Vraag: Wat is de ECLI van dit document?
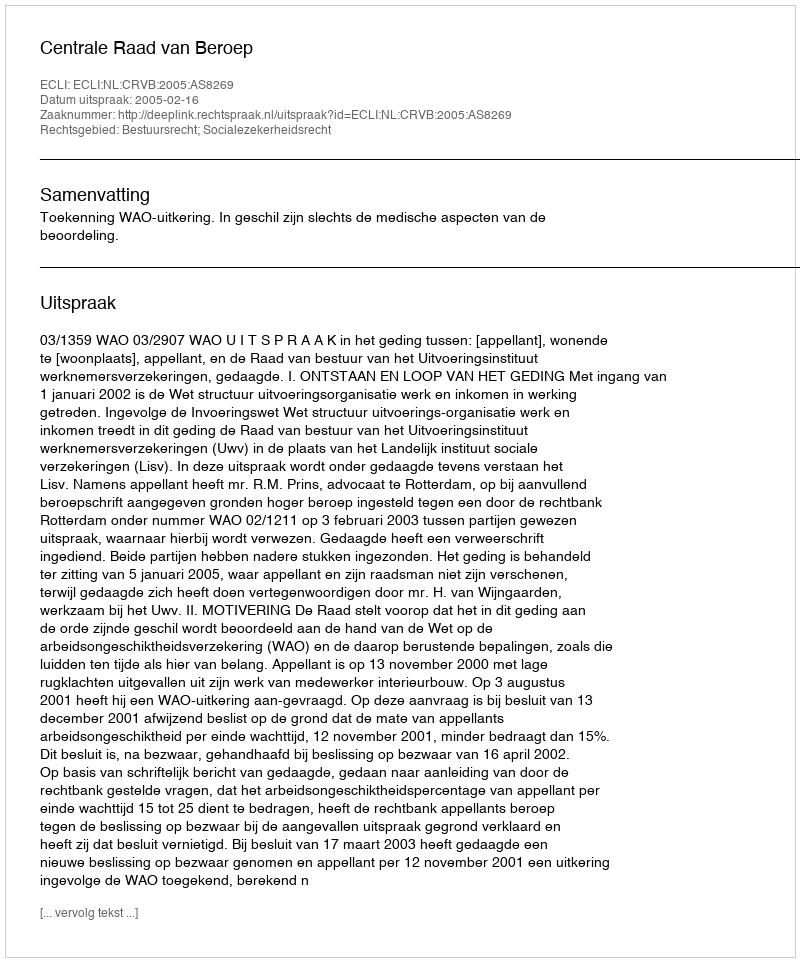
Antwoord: ECLI:NL:CRVB:2005:AS8269